Vaccination in Burma 1920-1933 - 1920-1933
Year: 1920
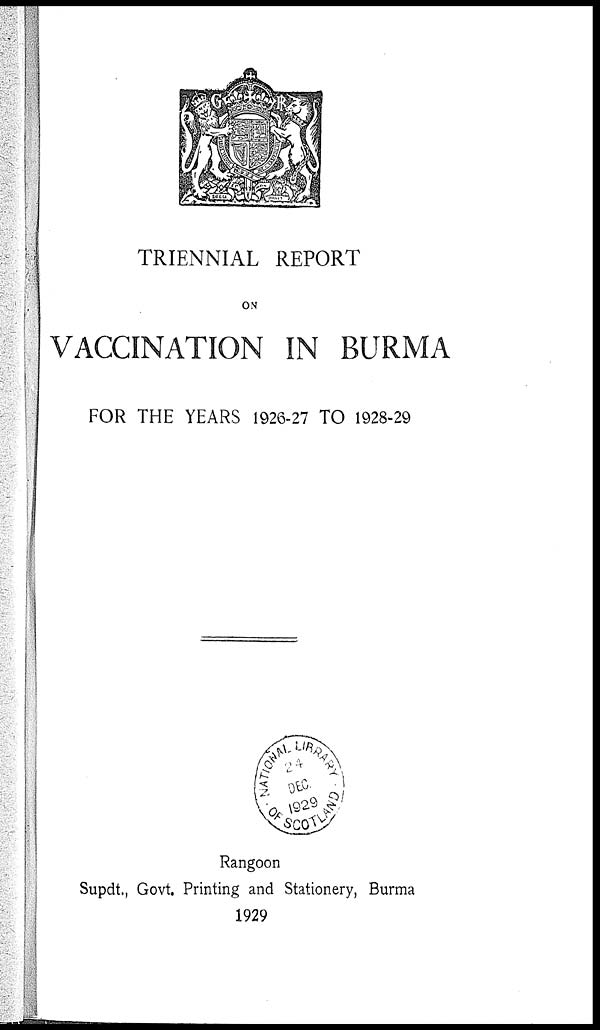
TRIENNIAL REPORT
ON
VACCINATION IN BURMA
FOR THE YEARS 1926-27 TO 1928-29
Rangoon
Supdt., Govt. Printing and Stationery, Burma
1929